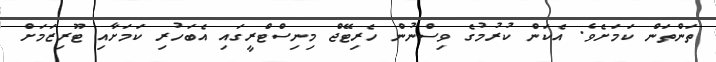
ތަންތަން ކަމަށެވެ. އެކަން ކުރުމުގެ ވިސްނުން ހެރިޓޭޖް މިނިސްޓްރީގައި އެބަހުރި ކަމަށާއި ޓޫރިޒަމަށް